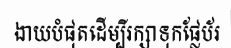
ងាយបំផុតដើម្បីរក្សាទុកផ្លែប័រ